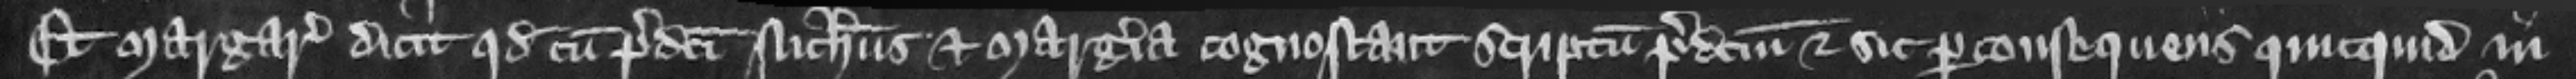
Et Margareta dicit quod cum predicti Nicholaus et Margeria cognoscant scriptum predictum et sic per consequens quicquid in